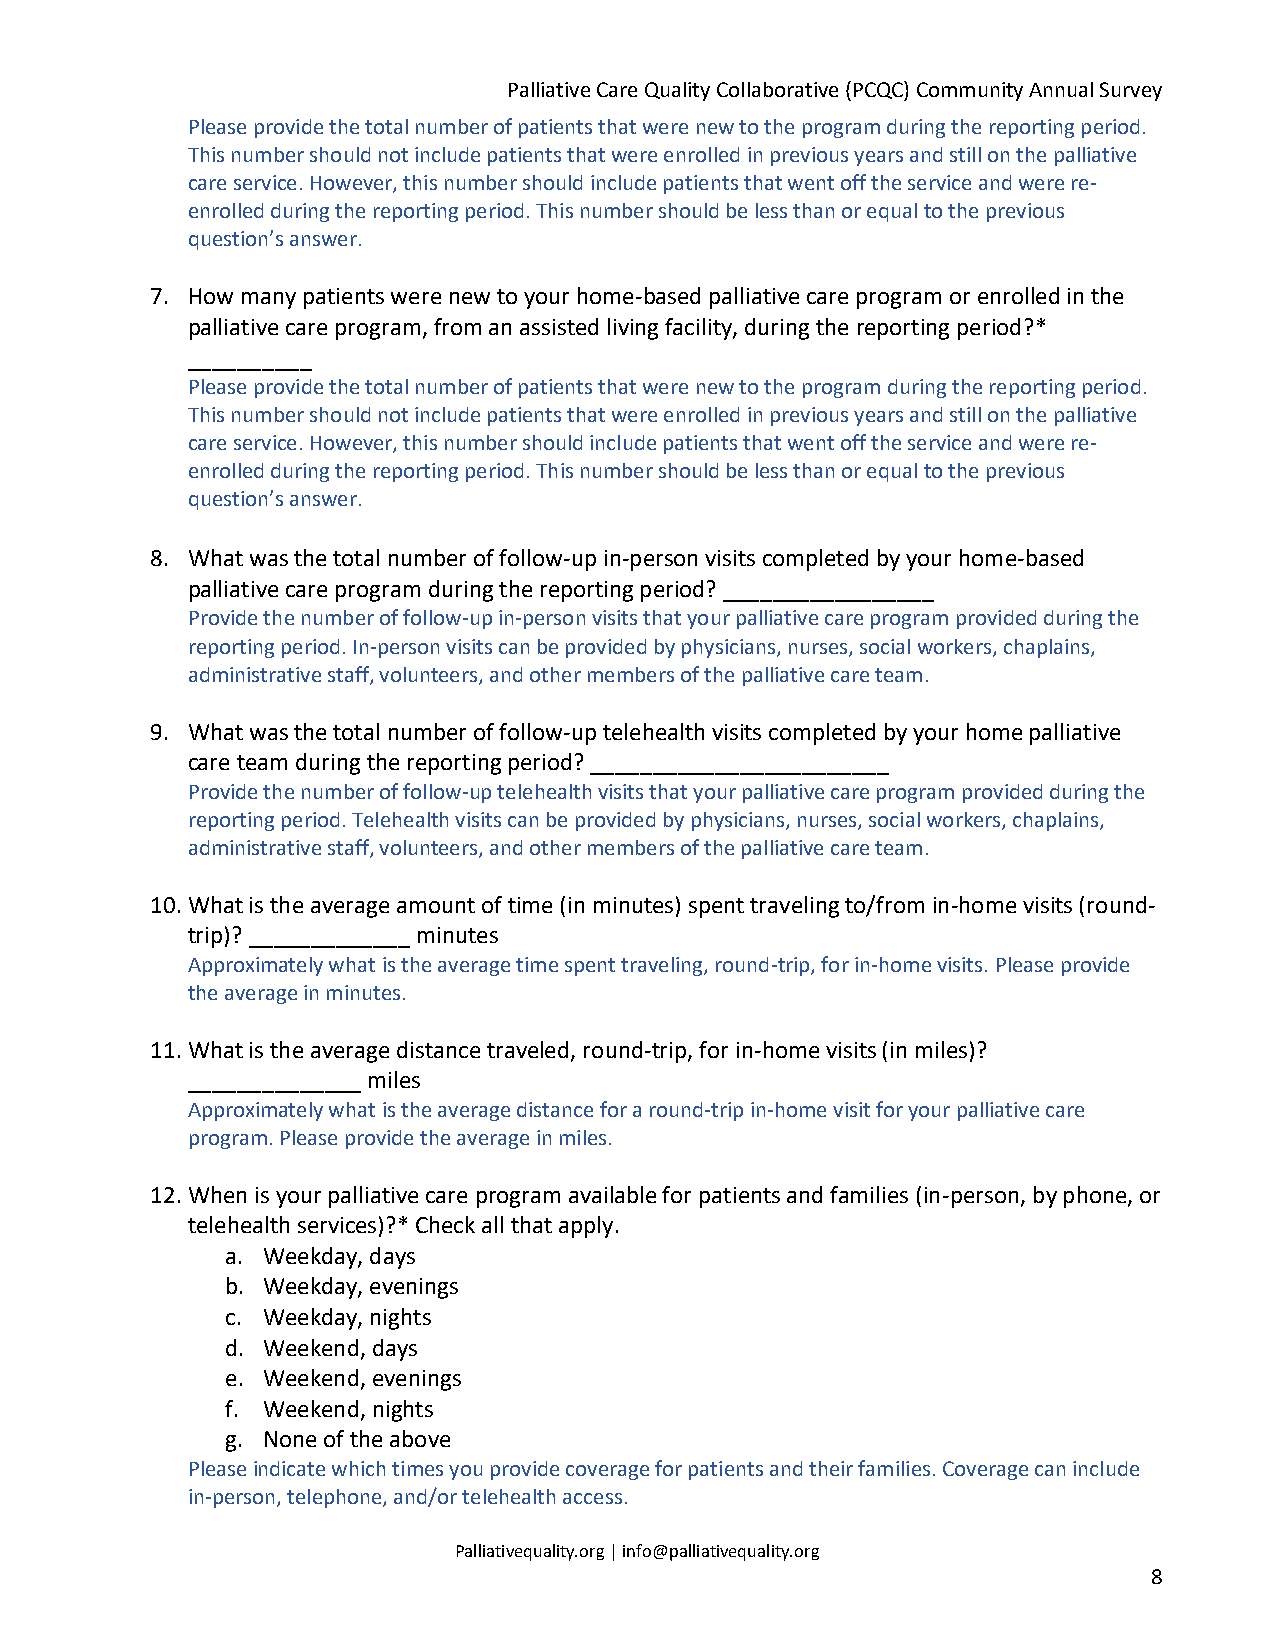
Palliative Care Quality Collaborative (PCQC) Community Annual Survey
 Please provide the total number of patients that were new to the program during the reporting period.
 This number should not include patients that were enrolled in previous years and still on the palliative
 care service. However, this number should include patients that went off the service and were re-
 enrolled during the reporting period. This number should be less than or equal to the previous
 question’s answer.
 7. How many patients were new to your home-based palliative care program or enrolled in the
 palliative care program, from an assisted living facility, during the reporting period?*
 __________
 Please provide the total number of patients that were new to the program during the reporting period.
 This number should not include patients that were enrolled in previous years and still on the palliative
 care service. However, this number should include patients that went off the service and were re-
 enrolled during the reporting period. This number should be less than or equal to the previous
 question’s answer.
 8. What was the total number of follow-up in-person visits completed by your home-based
 palliative care program during the reporting period? _________________
 Provide the number of follow-up in-person visits that your palliative care program provided during the
 reporting period. In-person visits can be provided by physicians, nurses, social workers, chaplains,
 administrative staff, volunteers, and other members of the palliative care team.
 9. What was the total number of follow-up telehealth visits completed by your home palliative
 care team during the reporting period? ________________________
 Provide the number of follow-up telehealth visits that your palliative care program provided during the
 reporting period. Telehealth visits can be provided by physicians, nurses, social workers, chaplains,
 administrative staff, volunteers, and other members of the palliative care team.
 10.What is the average amount of time (in minutes) spent traveling to/from in-home visits (round-
 trip)? _____________ minutes
 Approximately what is the average time spent traveling, round-trip, for in-home visits. Please provide
 the average in minutes.
 11.What is the average distance traveled, round-trip, for in-home visits (in miles)?
 ______________ miles
 Approximately what is the average distance for a round-trip in-home visit for your palliative care
 program. Please provide the average in miles.
 12.When is your palliative care program available for patients and families (in-person, by phone, or
 telehealth services)?* Check all that apply.
 a. Weekday, days
 b. Weekday, evenings
 c. Weekday, nights
 d. Weekend, days
 e. Weekend, evenings
 f. Weekend, nights
 g. None of the above
 Please indicate which times you provide coverage for patients and their families. Coverage can include
 in-person, telephone, and/or telehealth access.
 Palliativequality.org | info@palliativequality.org
 8